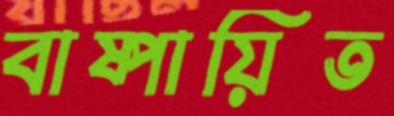
বাষ্পায়িত